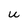
Character: u